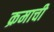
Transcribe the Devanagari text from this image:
क्रमाची